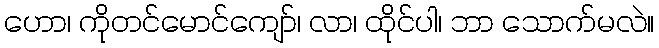
ဟော၊ ကိုတင်မောင်ကျော်၊ လာ၊ ထိုင်ပါ၊ ဘာ သောက်မလဲ။